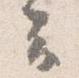
云